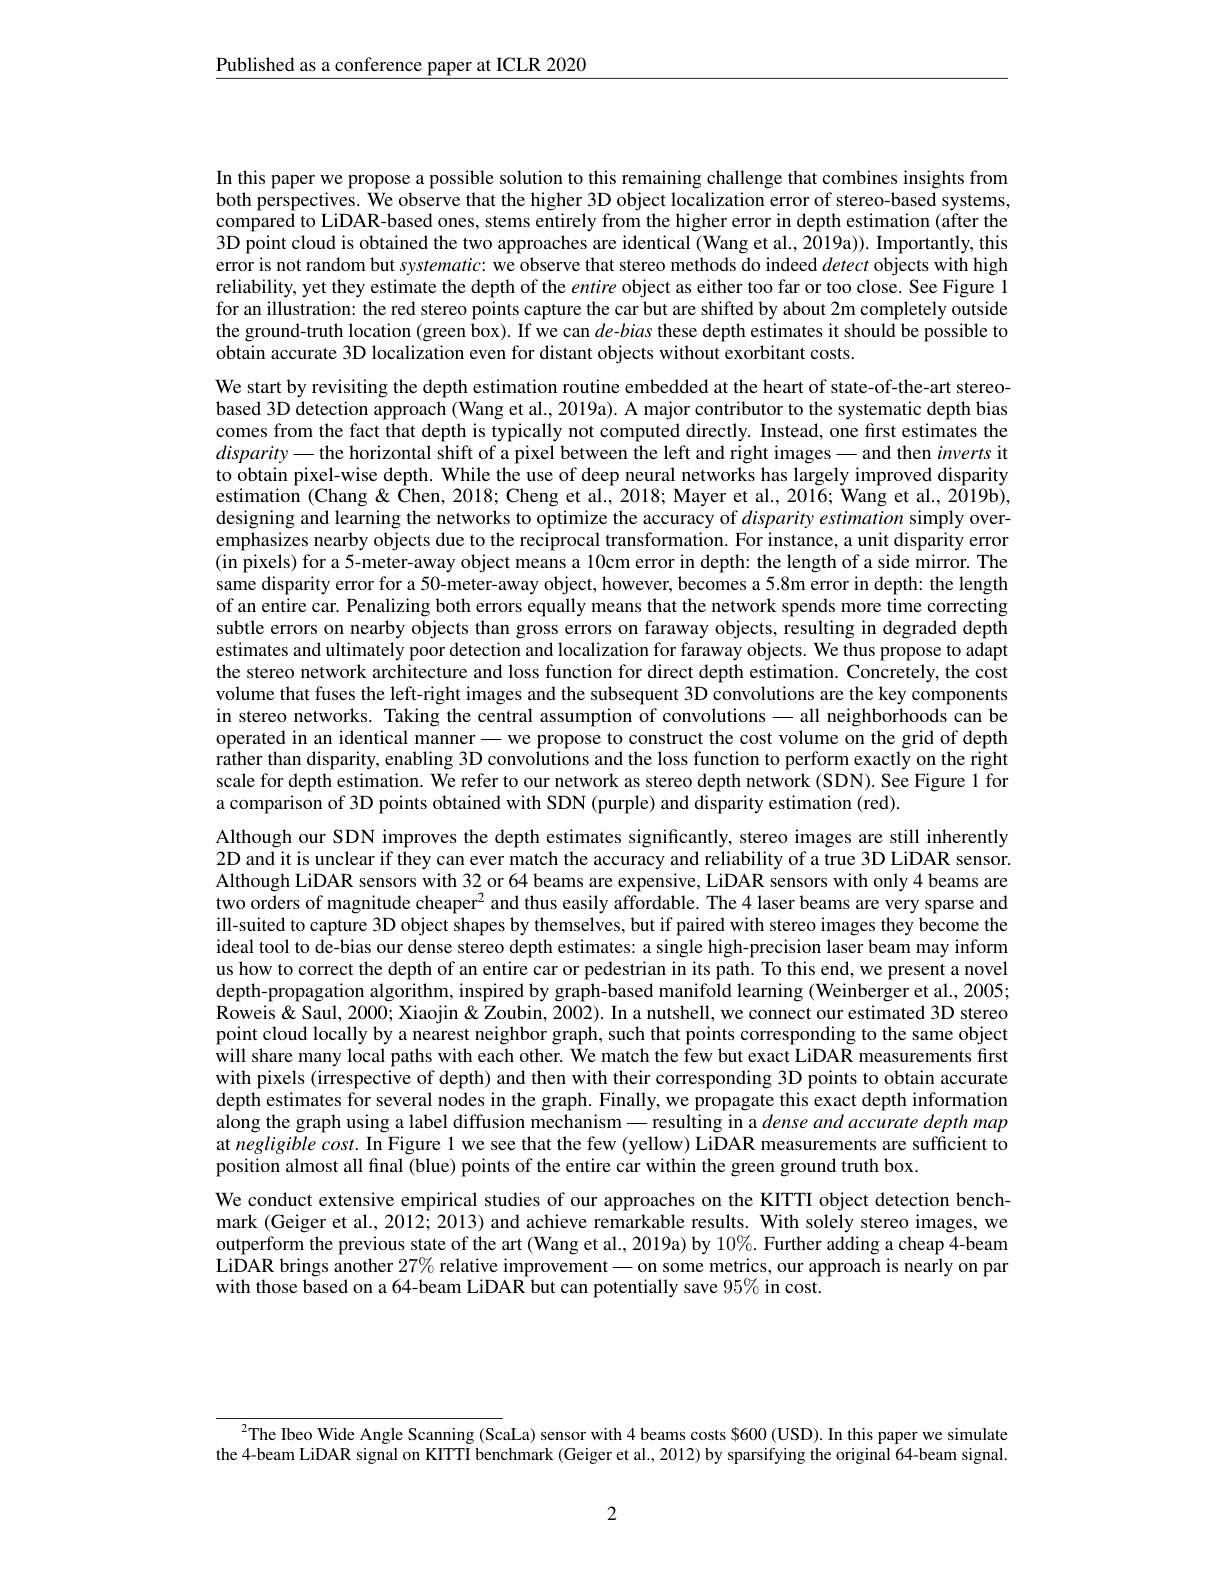
Published as a conference paper at ICLR 2020

In this paper we propose a possible solution to this remaining challenge that combines insights from both perspectives. We observe that the higher 3D object localization error of stereo-based systems, compared to LiDAR-based ones, stems entirely from the higher error in depth estimation (after the 3D point cloud is obtained the two approaches are identical (Wang et al., 2019a)). Importantly, this error is not random but systematic: we observe that stereo methods do indeed detect objects with high reliability, yet they estimate the depth of the entire object as either too far or too close. See Figure 1 for an illustration: the red stereo points capture the car but are shifted by about 2m completely outside the ground-truth location (green box). If we can $de$-bias these depth estimates it should be possible to obtain accurate 3D localization even for distant objects without exorbitant costs.

We start by revisiting the depth estimation routine embedded at the heart of state-of-the-art stereobased 3D detection approach (Wang et al., 2019a). A major contributor to the systematic depth bias comes from the fact that depth is typically not computed directly. Instead, one first estimates the $disparity-$the horizontal shift of a pixel between the left and right images-and then inverts it to obtain pixel-wise depth. While the use of deep neural networks has largely improved disparity estimation (Chang& < Chen, 2018; Cheng et al., 2018; Mayer et al., 2016; Wang et al., 2019b), designing and learning the networks to optimize the accuracy of disparityestimation simply overemphasizes nearby objects due to the reciprocal transformation. For instance, a unit disparity error (in pixels) for a 5-meter-away object means a 10cm error in depth: the length of a side mirror. The same disparity error for a 50-meter-away object, however, becomes a 5.8m error in depth: the length of an entire car. Penalizing both errors equally means that the network spends more time correcting subtle errors on nearby objects than gross errors on faraway objects, resulting in degraded depth estimates and ultimately poor detection and localization for faraway objects. We thus propose to adapt the stereo network architecture and loss function for direct depth estimation. Concretely, the cost volume that fuses the left-right images and the subsequent 3D convolutions are the key components in stereo networks. Taking the central assumption of convolutions -all neighborhoods can be operated in an identical manner\_ we propose to construct the cost volume on the grid of depth $\hat{\text{rather than disparity, enabling 3D convolutions and the loss function to perform exactly on the right}}$ scale for depth estimation. We refer to our network as stereo depth network (SDN). See Figure 1 for a comparison of 3D points obtained with SDN (purple) and disparity estimation (red).
Although our SDN improves the depth estimates significantly, stereo images are still inherently 2D and it is unclear if they can ever match the accuracy and reliability of a true 3D LiDAR sensor. Although LiDAR sensors with 32 or 64 beams are expensive, LiDAR sensors with only 4 beams are two orders of magnitude cheaper$^2$ and thus easily affordable. The 4 laser beams are very sparse and ill-suited to capture 3D object shapes by themselves, but if paired with stereo images they become the ideal tool to de-bias our dense stereo depth estimates: a single high-precision laser beam may inform us how to correct the depth of an entire car or pedestrian in its path. To this end, we present a novel depth-propagation algorithm, inspired by graph-based manifold learning (Weinberger et al., 2005; Roweis& Saul, 2000; Xiaojin & Zoubin, 2002). In a nutshell, we connect our estimated 3D stereo point cloud locally by a nearest neighbor graph, such that points corresponding to the same object will share many local paths with each other. We match the few but exact LiDAR measurements first with pixels (irrespective of depth) and then with their corresponding 3D points to obtain accurate depth estimates for several nodes in the graph. Finally, we propagate this exact depth information along the graph using a label diffusion mechanism— resulting in a dense and accurate depth map at negligible cost. In Figure l we see that the few (yellow) LiDAR measurements are sufficient to position almost all final (blue) points of the entire car within the green ground truth box.
We conduct extensive empirical studies of our approaches on the KITTI object detection benchmark (Geiger et al., 2012; 2013) and achieve remarkable results. With solely stereo images, we outperform the previous state of the art (Wang et al., 2019a) by $10\%$. Further adding a cheap 4-beam LiDAR brings another $27\%$ relative improvement - on some metrics, our approach is nearly on par with those based on a 64-beam LiDAR but can potentially save 95% in cost.

$^{2}$The Ibeo Wide Angle Scanning (ScaLa) sensor with 4 beams costs S600 (USD). In this paper we simulate the 4-beam LiDAR signal on KITTI benchmark (Geiger et al., 2012) by sparsifying the original 64-beam signal.

2